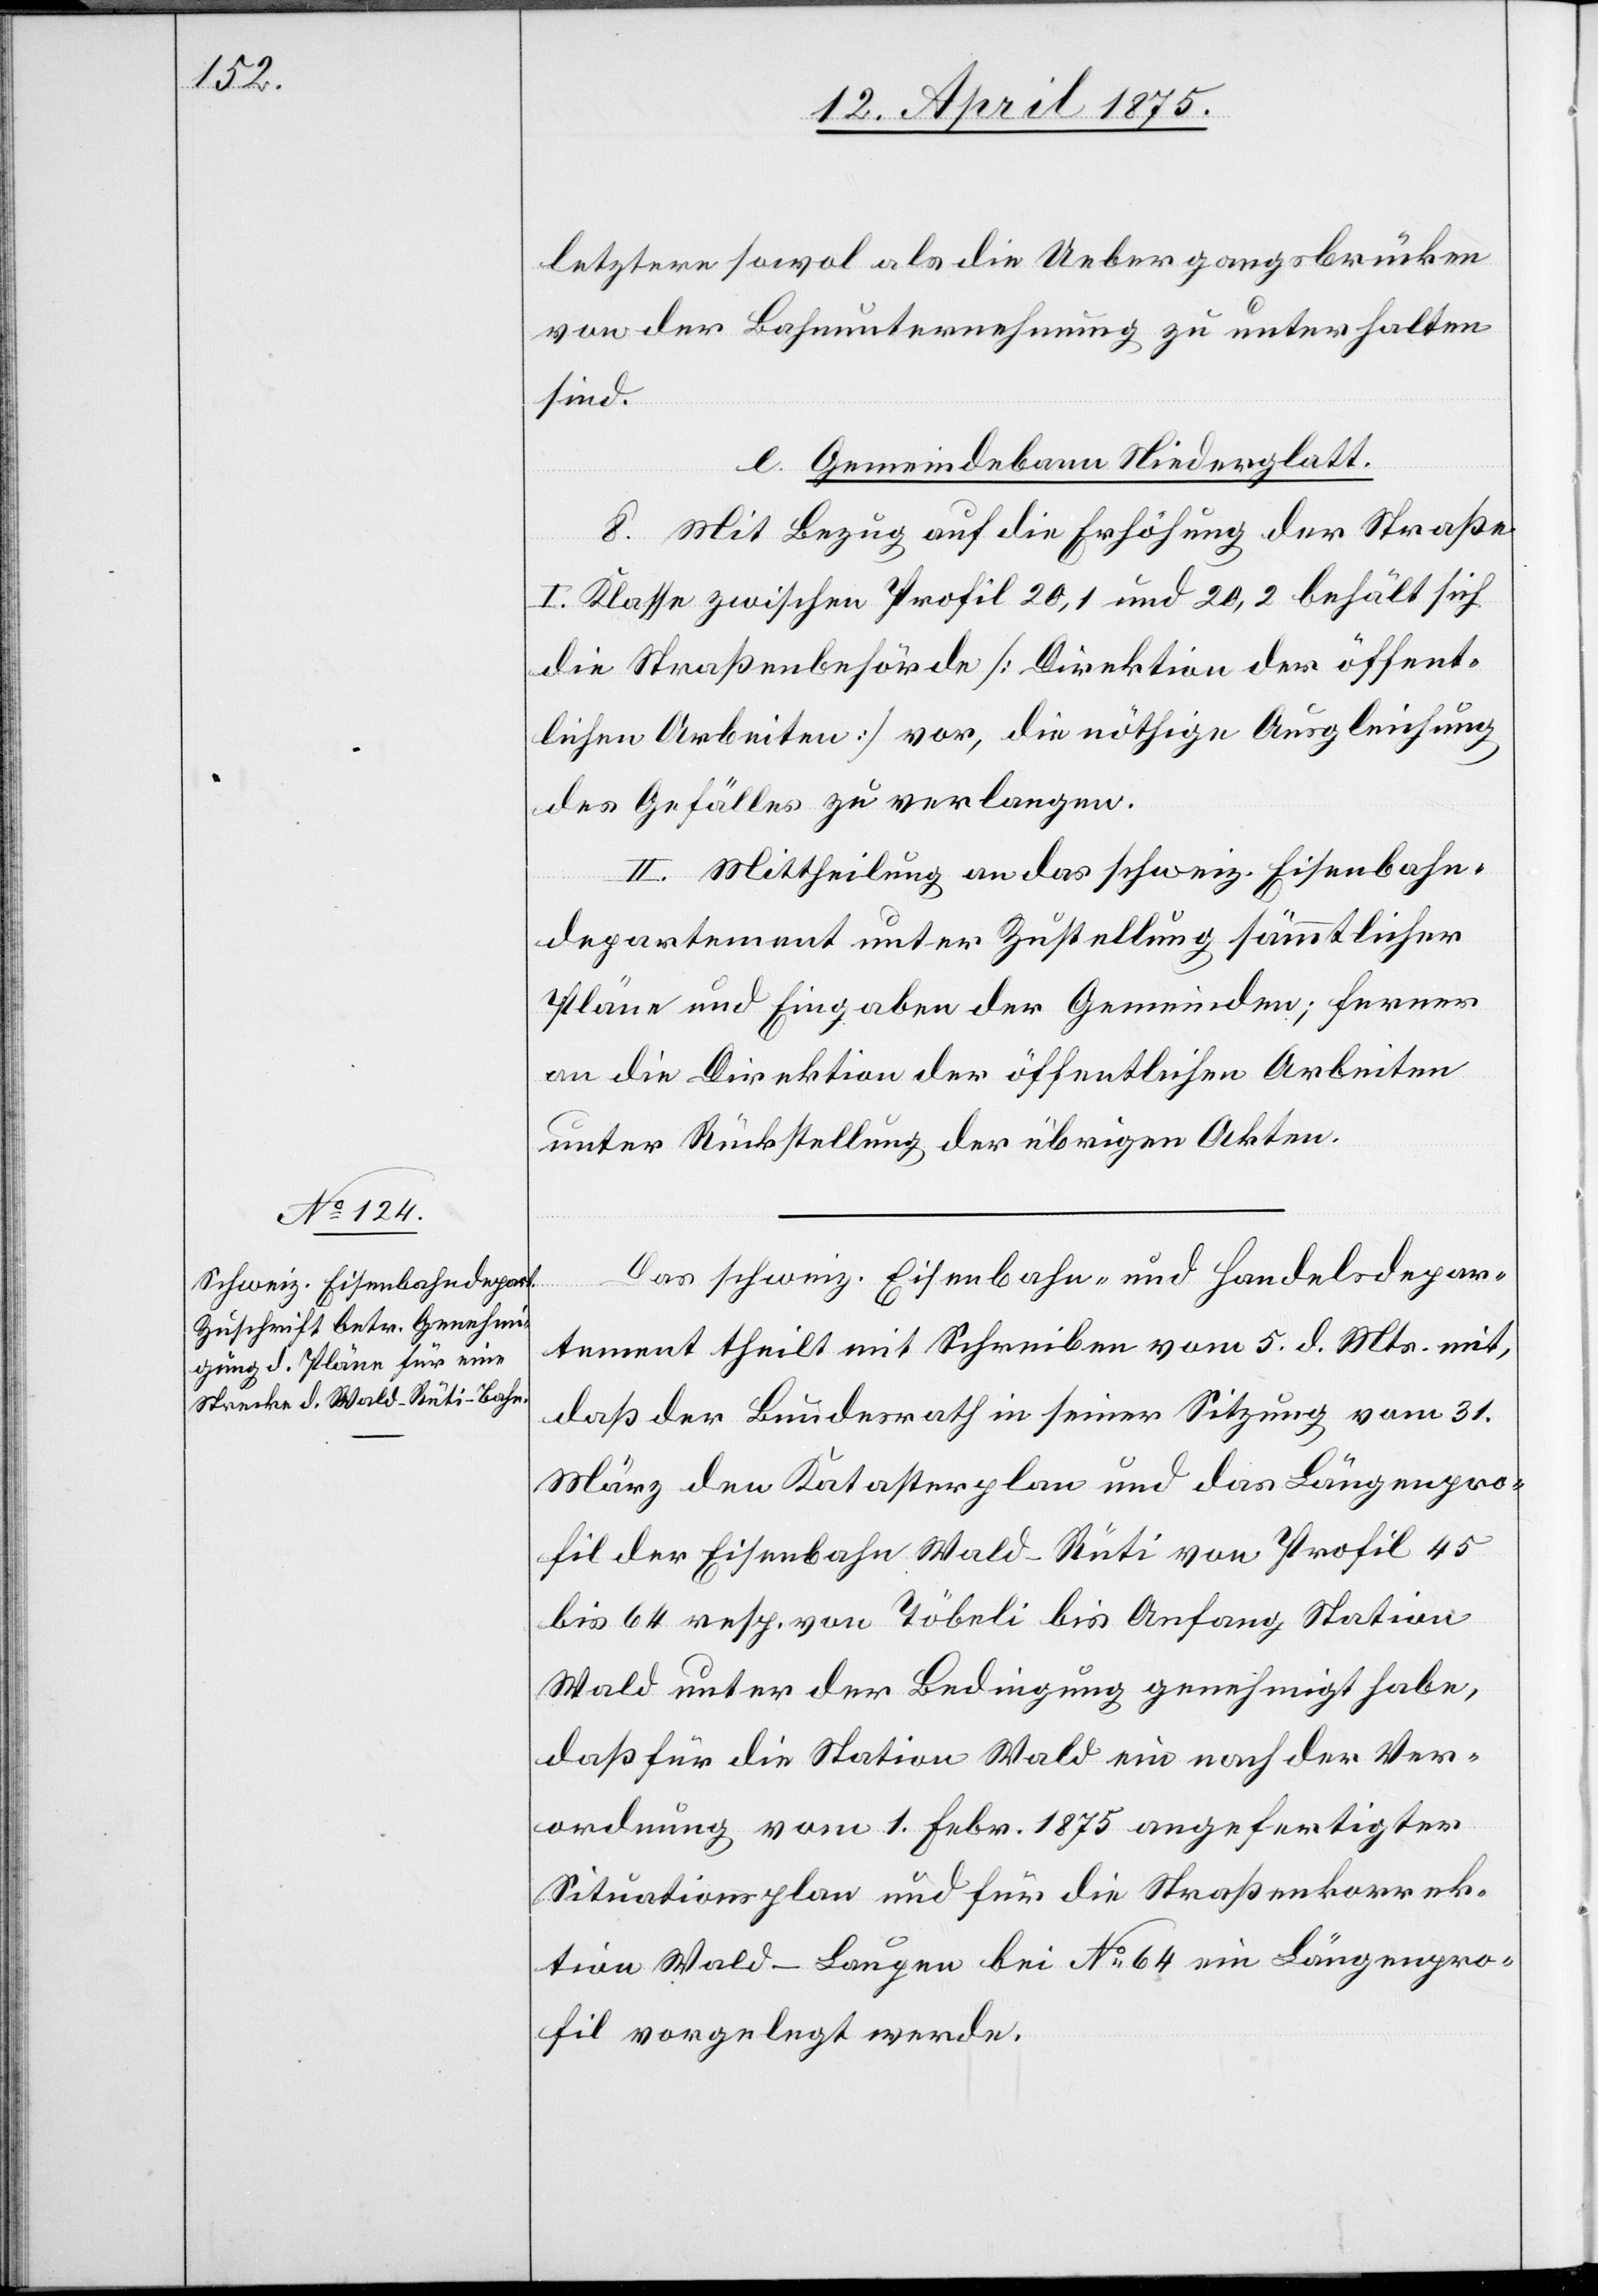
Das schweiz. Eisenbahn- und Handelsdepar¬
tement theilt mit Schreiben vom 5. d. Mts. mit,
daß der Bundesrath in seiner Sitzung vom 31.
März den Katasterplan und das Längenpro¬
fil der Eisenbahn Wald–Rüti von Profil 45
bis 64 resp. von Töbeli bis Anfang Station
Wald unter der Bedingung genehmigt habe,
daß für die Station Wald ein nach der Ver¬
ordnung vom 1. Febr. 1875 angefertigter
Situationsplan und für die Straßenkorrek¬
tion Wald–Laupen bei No 64 ein Längenpro¬
fil vorgelegt werde.